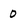
Character: 0